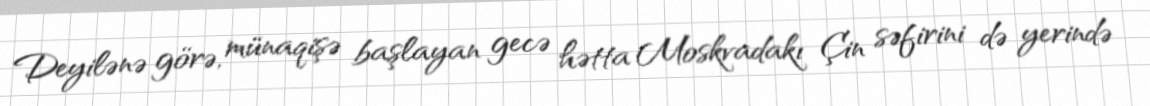
Deyilənə görə, münaqişə başlayan gecə hətta Moskvadakı Çin səfirini də yerində